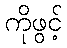
ကိုဖွင့်